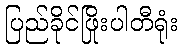
ပြည်ခိုင်ဖြိုးပါတီရုံး